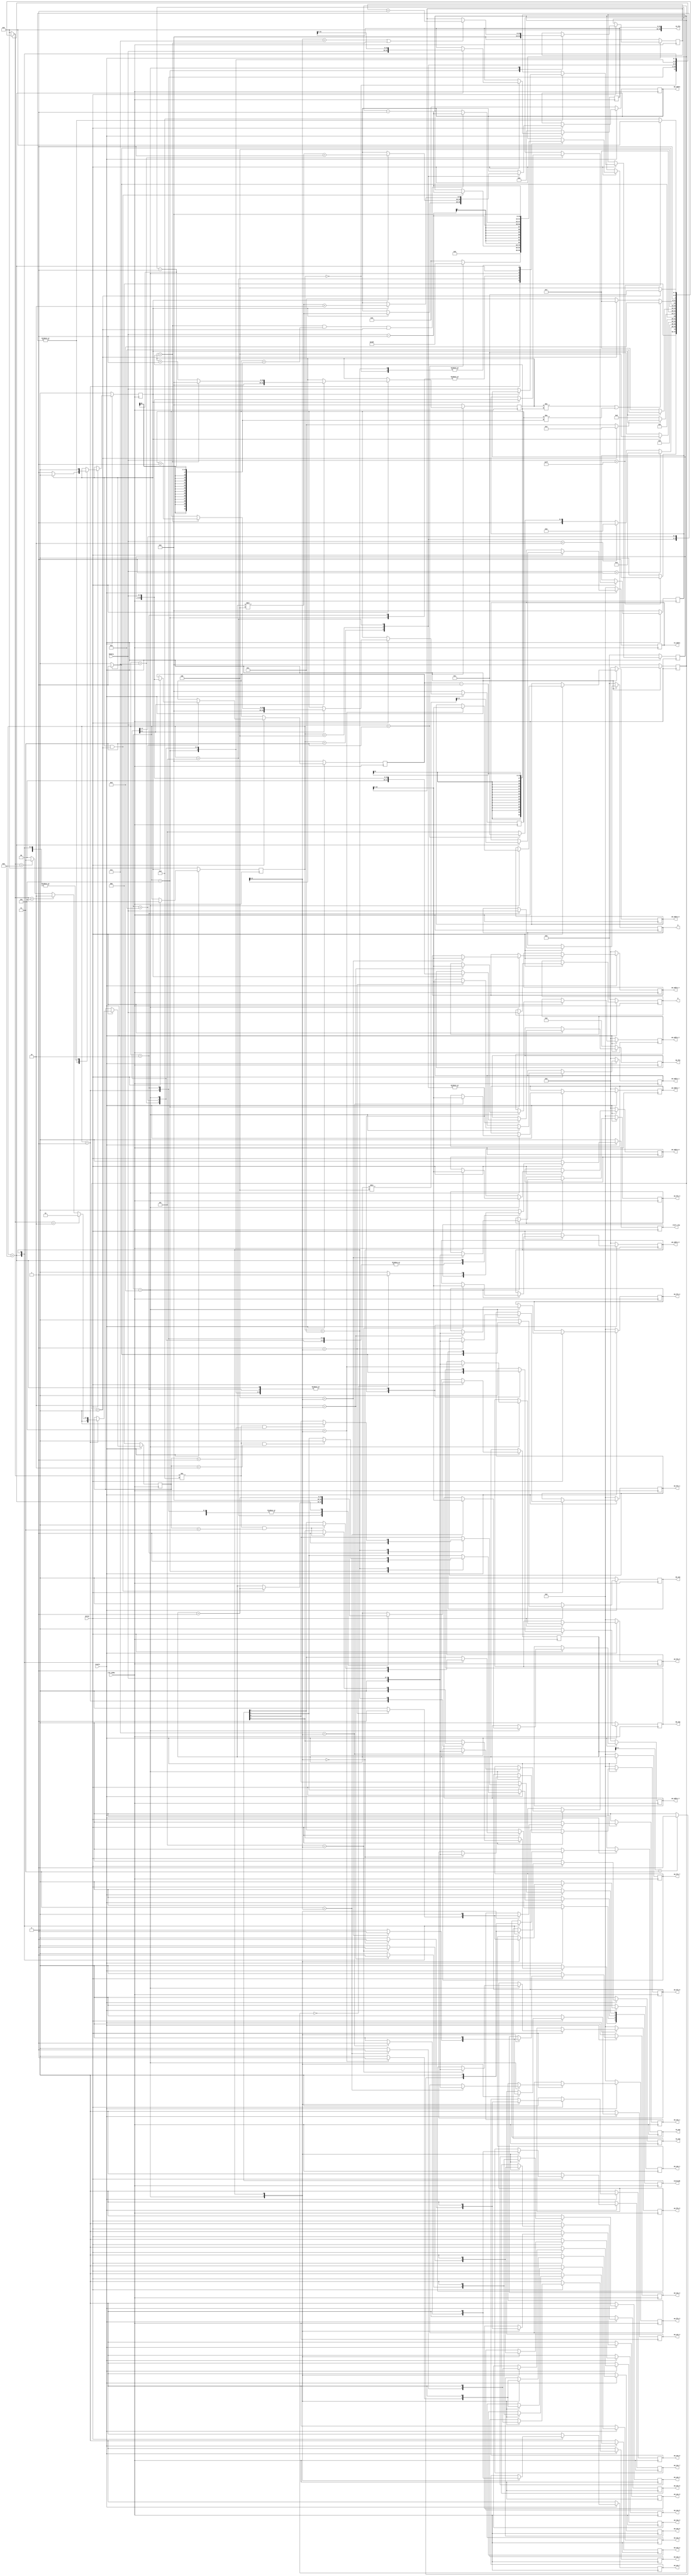
`timescale 1ns / 1ps
//////////////////////////////////////////////////////////////////////////////////
// Company: 
// Engineer: 
// 
// Design Name: 
// Module Name:    allocator 
// Project Name: 
// Target Devices: 
// Tool versions: 
// Description: 
//
// Dependencies: 
//
// Revision: 
// Revision 0.01 - File Created
// Additional Comments: 
//
//////////////////////////////////////////////////////////////////////////////////
module Allocator
	#(parameter MODEL_ADDR_WIDTH=10, MODEL_DATA_WIDTH=18, MODEL_LOC_SIZE=1024,
					WEIGHT_ADDR_WIDTH=11, WEIGHT_DATA_WIDTH=9, WEIGHT_LOC_SIZE=2048,
					TENSOR_ADDR_WIDTH=9, TENSOR_DATA_WIDTH=36, TENSOR_LOC_SIZE=512)
	(input clk_11MHz, input resetn,
	output reg [7:0] N,
	output reg [7:0] M,
	
	output reg mm_ena,
	output reg mm_wea,
	output reg [MODEL_ADDR_WIDTH-1:0] mm_addra,
	output reg [MODEL_DATA_WIDTH-1:0] mm_dla,
	
	output wm_ena_0, wm_ena_1, wm_ena_2, wm_ena_3, wm_ena_4, wm_ena_5, wm_ena_6, wm_ena_7,
	output wm_wea_0, wm_wea_1, wm_wea_2, wm_wea_3, wm_wea_4, wm_wea_5, wm_wea_6, wm_wea_7,
	output [WEIGHT_ADDR_WIDTH-1:0] wm_addra_0,
	output [WEIGHT_ADDR_WIDTH-1:0] wm_addra_1,
	output [WEIGHT_ADDR_WIDTH-1:0] wm_addra_2,
	output [WEIGHT_ADDR_WIDTH-1:0] wm_addra_3,
	output [WEIGHT_ADDR_WIDTH-1:0] wm_addra_4,
	output [WEIGHT_ADDR_WIDTH-1:0] wm_addra_5,
	output [WEIGHT_ADDR_WIDTH-1:0] wm_addra_6,
	output [WEIGHT_ADDR_WIDTH-1:0] wm_addra_7,
	output [WEIGHT_DATA_WIDTH-1:0] wm_dla_0,
	output [WEIGHT_DATA_WIDTH-1:0] wm_dla_1,
	output [WEIGHT_DATA_WIDTH-1:0] wm_dla_2,
	output [WEIGHT_DATA_WIDTH-1:0] wm_dla_3,
	output [WEIGHT_DATA_WIDTH-1:0] wm_dla_4,
	output [WEIGHT_DATA_WIDTH-1:0] wm_dla_5,
	output [WEIGHT_DATA_WIDTH-1:0] wm_dla_6,
	output [WEIGHT_DATA_WIDTH-1:0] wm_dla_7,

	output reg tm_ena, tm_wea,
	output reg [TENSOR_ADDR_WIDTH-1:0] tm_addra,
	output [TENSOR_DATA_WIDTH-1:0] tm_dla,
	
	input [7:0] RxData,
	input valid,
	output reg start_sig,
	
	output reg [3:0] StateLED
	);
	
	parameter	IMG_SIZE=10'd784;
	parameter 	Waiting=4'h0,
					FType=4'h1,
					Nnum=4'h2,
					S1=4'h3,
					S2=4'h4,
					WN=4'h5,
					Mnum=4'h6,
					MS1=4'h7,
					MS2=4'h8,
					ReadW=4'h9,
					ReadS=4'hA,
					ReadImage=4'hB,
					Last=4'hC,
					Error=4'hD;
					
	reg wm_ena[7:0];
	reg wm_wea[7:0];
	reg [WEIGHT_ADDR_WIDTH-1:0] wm_addra[7:0];
	reg [WEIGHT_DATA_WIDTH-1:0] wm_dla[7:0];
	assign wm_ena_0=wm_ena[0]; //wm_ena
	assign wm_ena_1=wm_ena[1];
	assign wm_ena_2=wm_ena[2];
	assign wm_ena_3=wm_ena[3];
	assign wm_ena_4=wm_ena[4];
	assign wm_ena_5=wm_ena[5];
	assign wm_ena_6=wm_ena[6];
	assign wm_ena_7=wm_ena[7];
	assign wm_wea_0=wm_wea[0]; //wm_wea
	assign wm_wea_1=wm_wea[1];
	assign wm_wea_2=wm_wea[2];
	assign wm_wea_3=wm_wea[3];
	assign wm_wea_4=wm_wea[4];
	assign wm_wea_5=wm_wea[5];
	assign wm_wea_6=wm_wea[6];
	assign wm_wea_7=wm_wea[7];
	assign wm_addra_0=wm_addra[0]; //wm_addra
	assign wm_addra_1=wm_addra[1];
	assign wm_addra_2=wm_addra[2];
	assign wm_addra_3=wm_addra[3];
	assign wm_addra_4=wm_addra[4];
	assign wm_addra_5=wm_addra[5];
	assign wm_addra_6=wm_addra[6];
	assign wm_addra_7=wm_addra[7];
	assign wm_dla_0=wm_dla[0]; //wm_dla
	assign wm_dla_1=wm_dla[1];
	assign wm_dla_2=wm_dla[2];
	assign wm_dla_3=wm_dla[3];
	assign wm_dla_4=wm_dla[4];
	assign wm_dla_5=wm_dla[5];
	assign wm_dla_6=wm_dla[6];
	assign wm_dla_7=wm_dla[7];
	
	reg [3:0] state;
	reg [3:0] next_state;
	reg [0:0] ncnt;
	reg [15:0] i;
	reg [15:0] cnt;
	reg [15:0] line;
	reg [15:0] acline;
	reg [15:0] L;
	reg [15:0] COL;
	reg [15:0] ROW;
	
	reg [7:0] buffer;
	reg [31:0] img_buffer;

	integer iter;
	//Memory Output
	assign tm_dla=img_buffer;
	always @(posedge clk_11MHz)
	begin
		if(~resetn)
		begin
			N<=0; M<=0; ROW<=0; COL<=0; 
			mm_ena<=0; mm_wea<=0; buffer<=0;
			mm_addra<=0; mm_dla<=0;
			for(iter=0;iter<8;iter=iter+1)
			begin
				wm_ena[iter]<=0; wm_wea[iter]<=0;
				wm_addra[iter]<=0; wm_dla[iter]<=0;
			end
			tm_ena<=0; tm_wea<=0;
			tm_addra<=0;
			img_buffer<=0;
		end
		else if(valid)
		begin
			case(state)
			//Model
			Nnum:
			begin
				N<=RxData;
			end
			S1:
			begin
				if(ncnt==0)
				begin
					mm_ena<=0; mm_wea<=0;
					buffer<=RxData;
				end
				else
				begin
					mm_ena<=1; mm_wea<=1;
					mm_addra<=i*4; mm_dla<={1'b0, 1'b0, buffer, RxData};
				end
			end
			S2:
			begin
				if(ncnt==0)
				begin
					mm_ena<=0; mm_wea<=0;
					buffer<=RxData;
				end
				else
				begin
					mm_ena<=1; mm_wea<=1;
					mm_addra<=i*4+1; mm_dla<={1'b0, 1'b0, buffer, RxData};
				end
			end
			WN:
			begin
				if(ncnt==0)
				begin
					mm_ena<=0; mm_wea<=0;
					buffer<=RxData;
				end
				else
				begin
					mm_ena<=1; mm_wea<=1;
					mm_addra<=i*4+2; mm_dla<={1'b0, 1'b0, buffer, RxData};
				end
			end
			//Weight
			Mnum:
			begin
				M<=RxData;
			end
			MS1:
			begin
				if(ncnt==0) begin buffer<=RxData; end
				else begin ROW<={buffer, RxData}; end
			end
			MS2:
			begin
				if(ncnt==0) begin buffer<=RxData; end
				else begin COL<={buffer, RxData}; end
			end
			ReadW:
			begin
				for(iter=0;iter<8;iter=iter+1)
				begin
					if(iter==L[2:0]) begin
						wm_ena[iter]<=1; wm_wea[iter]<=1;
						wm_addra[iter]<=acline[WEIGHT_ADDR_WIDTH-1:0]; wm_dla[iter]<={1'b0, RxData};
					end
					else begin
						wm_ena[iter]<=0; wm_wea[iter]<=0;
					end
				end
			end
			//Image
			ReadImage:
			begin
				tm_ena<=(i[1:0]==3)?(1):(0); tm_wea<=(i[1:0]==3)?(1):(0); tm_addra<=i/4;
				img_buffer<={RxData[7:0], img_buffer[31:8]};
			end
			Last:
			begin
				mm_ena<=0; mm_wea<=0;
				for(iter=0;iter<8;iter=iter+1)
				begin
					wm_ena[iter]<=0; wm_wea[iter]<=0;
				end
				tm_ena<=0; tm_wea<=0;
			end
			default:
			begin
				mm_ena<=0; mm_wea<=0;
				end
			endcase
		end
		else
		begin
			mm_ena<=0; mm_wea<=0;
			for(iter=0;iter<8;iter=iter+1)
			begin
				wm_ena[iter]<=0; wm_wea[iter]<=0;
			end
			tm_ena<=0; tm_wea<=0;
		end
	end
	
	//Count
	always @(posedge clk_11MHz)
	begin
		if(~resetn)
		begin
			cnt <= 0; ncnt <= 0;
			L<=0;
			line<=0; acline<=0;
			start_sig<=0;
		end
		else if(valid)
		begin
			case(state)
			Waiting:
			begin
				cnt <= 0; ncnt <= 0;
				start_sig <= 0;
			end
			FType:
			begin
				cnt <= (RxData==8'h03)?(IMG_SIZE-1):(0); ncnt <= 0;
				i<=0;
				end
			//Model
			Nnum:
			begin
				cnt <= RxData-1; ncnt <= 0;
				i<=0;
			end
			S1:
			begin
				cnt <= cnt; ncnt <= (ncnt==0)?(1):(0);
			end
			S2:
			begin
				cnt <= cnt; ncnt <= (ncnt==0)?(1):(0);
			end
			WN:
			begin
				cnt <= (ncnt==1 && cnt>0)?(cnt-1):(cnt);
				ncnt <= (ncnt==0)?(1):(0);
				i<=(ncnt==1 && cnt>0)?(i+1):(i);
			end
			//Weight
			Mnum:
			begin
				cnt <= RxData-1; ncnt <= 0;
				i<=0;
				acline <= 0;
			end
			MS1:
			begin
				cnt <= cnt; ncnt <= (ncnt==0)?(1):(0);
			end
			MS2:
			begin
				cnt <= cnt; ncnt <= (ncnt==0)?(1):(0);
				L <= 0;
				line <= 0;
			end
			ReadW:
			begin
				cnt <= (L==COL-1 && line==ROW-1 && cnt>0)?(cnt-1):(cnt);
				ncnt <= 0;
				L <= (L==COL-1)?(0):(L+1);
				line <= (L==COL-1)?(line+1):(line);
				acline <= (L[2:0]==3'h7 || L==COL-1)?(acline+1):(acline);
			end
			//Image
			ReadImage:
			begin
				cnt <= cnt-1; ncnt <= 0;
				i<=i+1;
				start_sig <= (cnt==0)?(1):(0);
			end
			
			Last:
			begin
				cnt <= 0; ncnt <= 0;
				start_sig<=0;
			end
			default:
			begin
				cnt <= cnt; ncnt <= ncnt;
				start_sig<=0;
			end
			endcase
		end
		else
		begin
			cnt <= cnt; ncnt <= ncnt;
			start_sig <= 0;
		end
	end

	//Next State
	always @(*) begin
		case(state)
		Waiting: next_state = (RxData==8'hFF) ? (FType) : (Waiting);
		FType: next_state = (RxData==8'h01) ? (Nnum) : ((RxData==8'h02) ? (Mnum) : ((RxData==8'h03) ? (ReadImage) : (Error)));
		//Model
		Nnum: next_state = S1;
		S1: next_state = (ncnt==0)?(S1):(S2);
		S2: next_state = (ncnt==0)?(S2):(WN);
		WN: next_state = (ncnt==0)?(WN):((cnt>0) ? (S1) : (Last));
		//Weight
		Mnum: next_state = MS1;
		MS1: next_state = (ncnt==0)?(MS1):(MS2);
		MS2: next_state = (ncnt==0)?(MS2):(ReadW);
		ReadW: next_state = (L!=COL-1 || line!=ROW-1)?(ReadW):((cnt>0)?(MS1):(Last));
		//Image
		ReadImage: next_state = (cnt>0) ? (ReadImage) : (Last);
		
		Last: next_state = (RxData==8'hFF) ? (Waiting) : (Error);
		default: next_state = Waiting;
		endcase
	end

	//State Transition
	always @(posedge clk_11MHz) begin
		if(~resetn) begin state <= Waiting; end
		else if(valid) begin state <= next_state; end
		else begin state <= state; end
	end
	
	//State LED
	reg [2:0] instage;
	always @(posedge clk_11MHz) begin
		if(~resetn) begin instage<=0; StateLED <= 0; end
		else if(valid) begin
			case(state)
			FType: begin
				instage<=(next_state==Nnum)?(1):((next_state==Mnum)?(2):((next_state==ReadImage)?(3):(0)));
				StateLED[3]<=0;
			end
			Nnum: StateLED[0]<=1;
			Mnum: StateLED[1]<=1;
			ReadImage: StateLED[2]<=1;
			Last: begin
					StateLED[3]<=(next_state!=Error && instage==3)?(1):(StateLED[3]);
					StateLED[2]<=(next_state!=Error && instage==3)?(0):(StateLED[2]);
					StateLED[1]<=(next_state!=Error && instage==2)?(0):(StateLED[1]);
					StateLED[0]<=(next_state!=Error && instage==1)?(0):(StateLED[0]);
			end
			endcase
		end
	end

endmodule